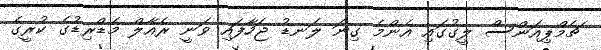
ޗެމްޕިއަންސް ލީގުގައި އެންމެ ގިނަ ލަނޑު ޖަހާފައި ވަނީ ރެއާލް މެޑްރިޑުގެ ކުރީގެ